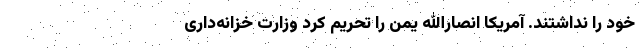
خود را نداشتند. آمریکا انصارالله یمن را تحریم کرد وزارت خزانه‌داری